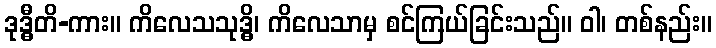
ဒုဒ္ဓီတိ-ကား။ ကိလေသသုဒ္ဓိ၊ ကိလေသာမှ စင်ကြယ်ခြင်းသည်။ ဝါ၊ တစ်နည်း။